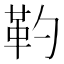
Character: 靮